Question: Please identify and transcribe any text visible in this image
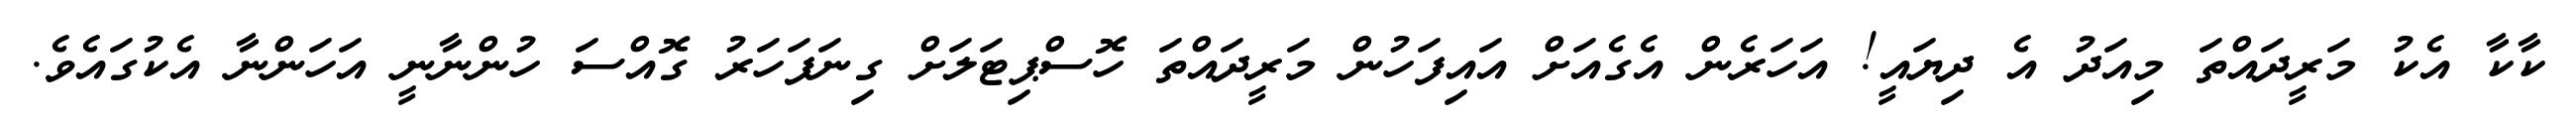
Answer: ކާކާ އެކު މަރީދައްތަ މިއަދު އެ ދިޔައީ! އަހަރެން އެގެއަށް އައިފަހުން މަރީދައްތަ ހޮސްޕިޓަލަށް ގިނަފަހަރު ގޮއްސަ ހުންނާނީ އަހަންނާ އެކުގައެވެ.